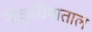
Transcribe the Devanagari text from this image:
नोकुचियाताल